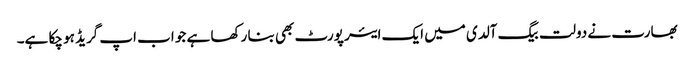
بھارت نے دولت بیگ آلدی میں ایک ایئر پورٹ بھی بنا رکھا ہے جو اب اپ گریڈ ہو چکا ہے۔